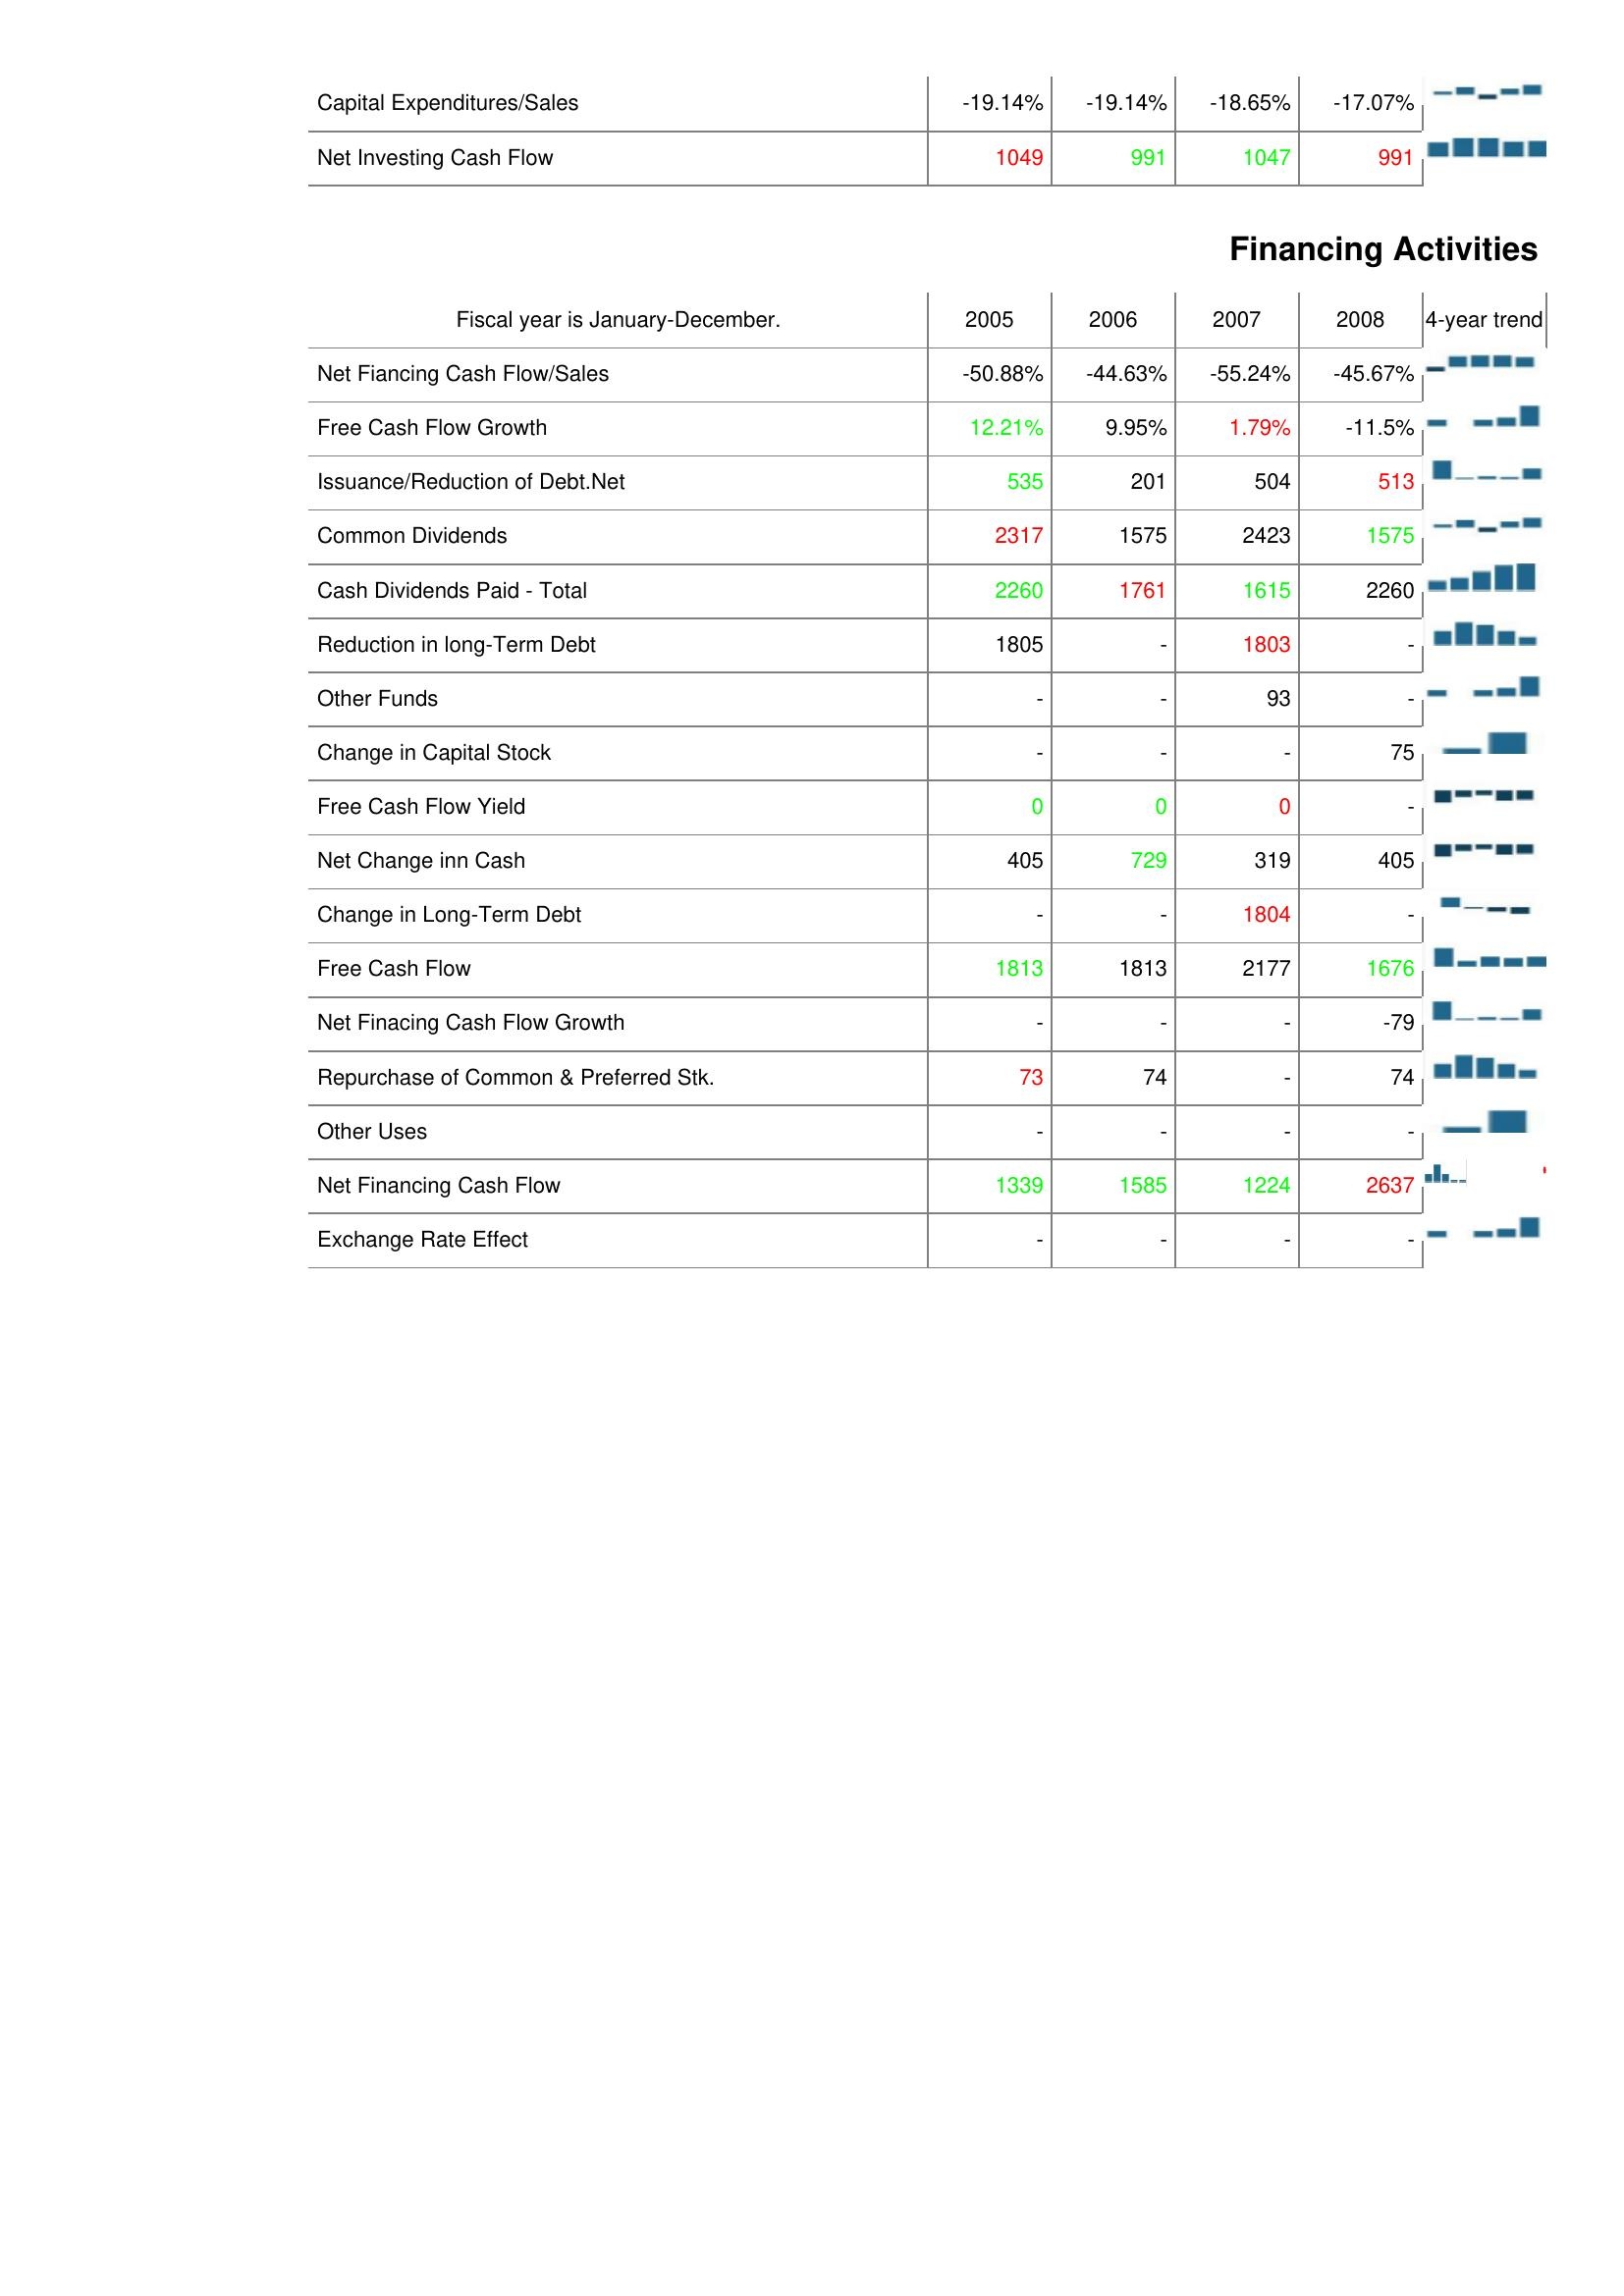
2005: Investing Activities: Capital Expenditures/Sales: -19.14%
Net Investing Cash Flow: 1049
Financing Activities: Net Fiancing Cash Flow/Sales: -50.88%
Free Cash Flow Growth: 12.21%
Issuance/Reduction of Debt.Net: 535
Common Dividends: 2317
Cash Dividends Paid - Total: 2260
Reduction in long-Term Debt: 1805
Other Funds: -
Change in Capital Stock: -
Free Cash Flow Yield: 0
Net Change inn Cash: 405
Change in Long-Term Debt: -
Free Cash Flow: 1813
Net Finacing Cash Flow Growth: -
Repurchase of Common & Preferred Stk.: 73
Other Uses: -
Net Financing Cash Flow: 1339
Exchange Rate Effect: -
2006: Investing Activities: Capital Expenditures/Sales: -19.14%
Net Investing Cash Flow: 991
Financing Activities: Net Fiancing Cash Flow/Sales: -44.63%
Free Cash Flow Growth: 9.95%
Issuance/Reduction of Debt.Net: 201
Common Dividends: 1575
Cash Dividends Paid - Total: 1761
Reduction in long-Term Debt: -
Other Funds: -
Change in Capital Stock: -
Free Cash Flow Yield: 0
Net Change inn Cash: 729
Change in Long-Term Debt: -
Free Cash Flow: 1813
Net Finacing Cash Flow Growth: -
Repurchase of Common & Preferred Stk.: 74
Other Uses: -
Net Financing Cash Flow: 1585
Exchange Rate Effect: -
2007: Investing Activities: Capital Expenditures/Sales: -18.65%
Net Investing Cash Flow: 1047
Financing Activities: Net Fiancing Cash Flow/Sales: -55.24%
Free Cash Flow Growth: 1.79%
Issuance/Reduction of Debt.Net: 504
Common Dividends: 2423
Cash Dividends Paid - Total: 1615
Reduction in long-Term Debt: 1803
Other Funds: 93
Change in Capital Stock: -
Free Cash Flow Yield: 0
Net Change inn Cash: 319
Change in Long-Term Debt: 1804
Free Cash Flow: 2177
Net Finacing Cash Flow Growth: -
Repurchase of Common & Preferred Stk.: -
Other Uses: -
Net Financing Cash Flow: 1224
Exchange Rate Effect: -
2008: Investing Activities: Capital Expenditures/Sales: -17.07%
Net Investing Cash Flow: 991
Financing Activities: Net Fiancing Cash Flow/Sales: -45.67%
Free Cash Flow Growth: -11.5%
Issuance/Reduction of Debt.Net: 513
Common Dividends: 1575
Cash Dividends Paid - Total: 2260
Reduction in long-Term Debt: -
Other Funds: -
Change in Capital Stock: 75
Free Cash Flow Yield: -
Net Change inn Cash: 405
Change in Long-Term Debt: -
Free Cash Flow: 1676
Net Finacing Cash Flow Growth: -79
Repurchase of Common & Preferred Stk.: 74
Other Uses: -
Net Financing Cash Flow: 2637
Exchange Rate Effect: -